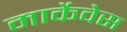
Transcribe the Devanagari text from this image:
मार्केवेस